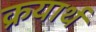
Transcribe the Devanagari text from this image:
क्रयार्थ